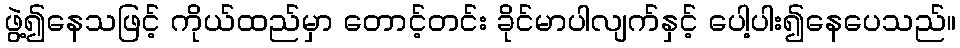
ဖွဲ့၍နေသဖြင့် ကိုယ်ထည်မှာ တောင့်တင်း ခိုင်မာပါလျက်နှင့် ပေါ့ပါး၍နေပေသည်။